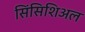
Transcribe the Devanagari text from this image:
सिंसिशिअल